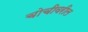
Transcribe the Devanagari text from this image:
चोचीवरील